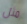
مثل